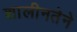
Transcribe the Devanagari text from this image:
शालीनतेने